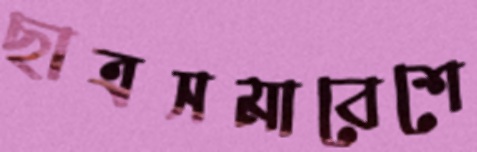
ছাত্রসমাবেশে